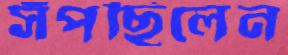
সঁপছিলেন